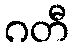
ဂတီ